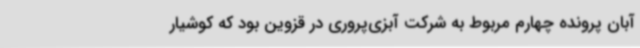
آبان پرونده چهارم مربوط به شرکت آبزی‌پروری در قزوین بود که کوشیار